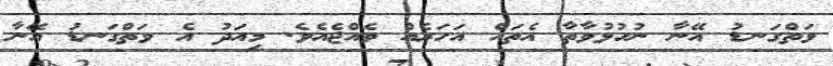
ވަތްގަނޑު އޭނާ ނުހުޅުވާތާ އެތައް އަހަރެއް ވެއްޖެއެވެ. މިއަދު އެ ވަތްގަނޑު އޭނާ